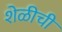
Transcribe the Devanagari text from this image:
शेळीची